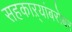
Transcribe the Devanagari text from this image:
सहकाऱ्यांबरोबर